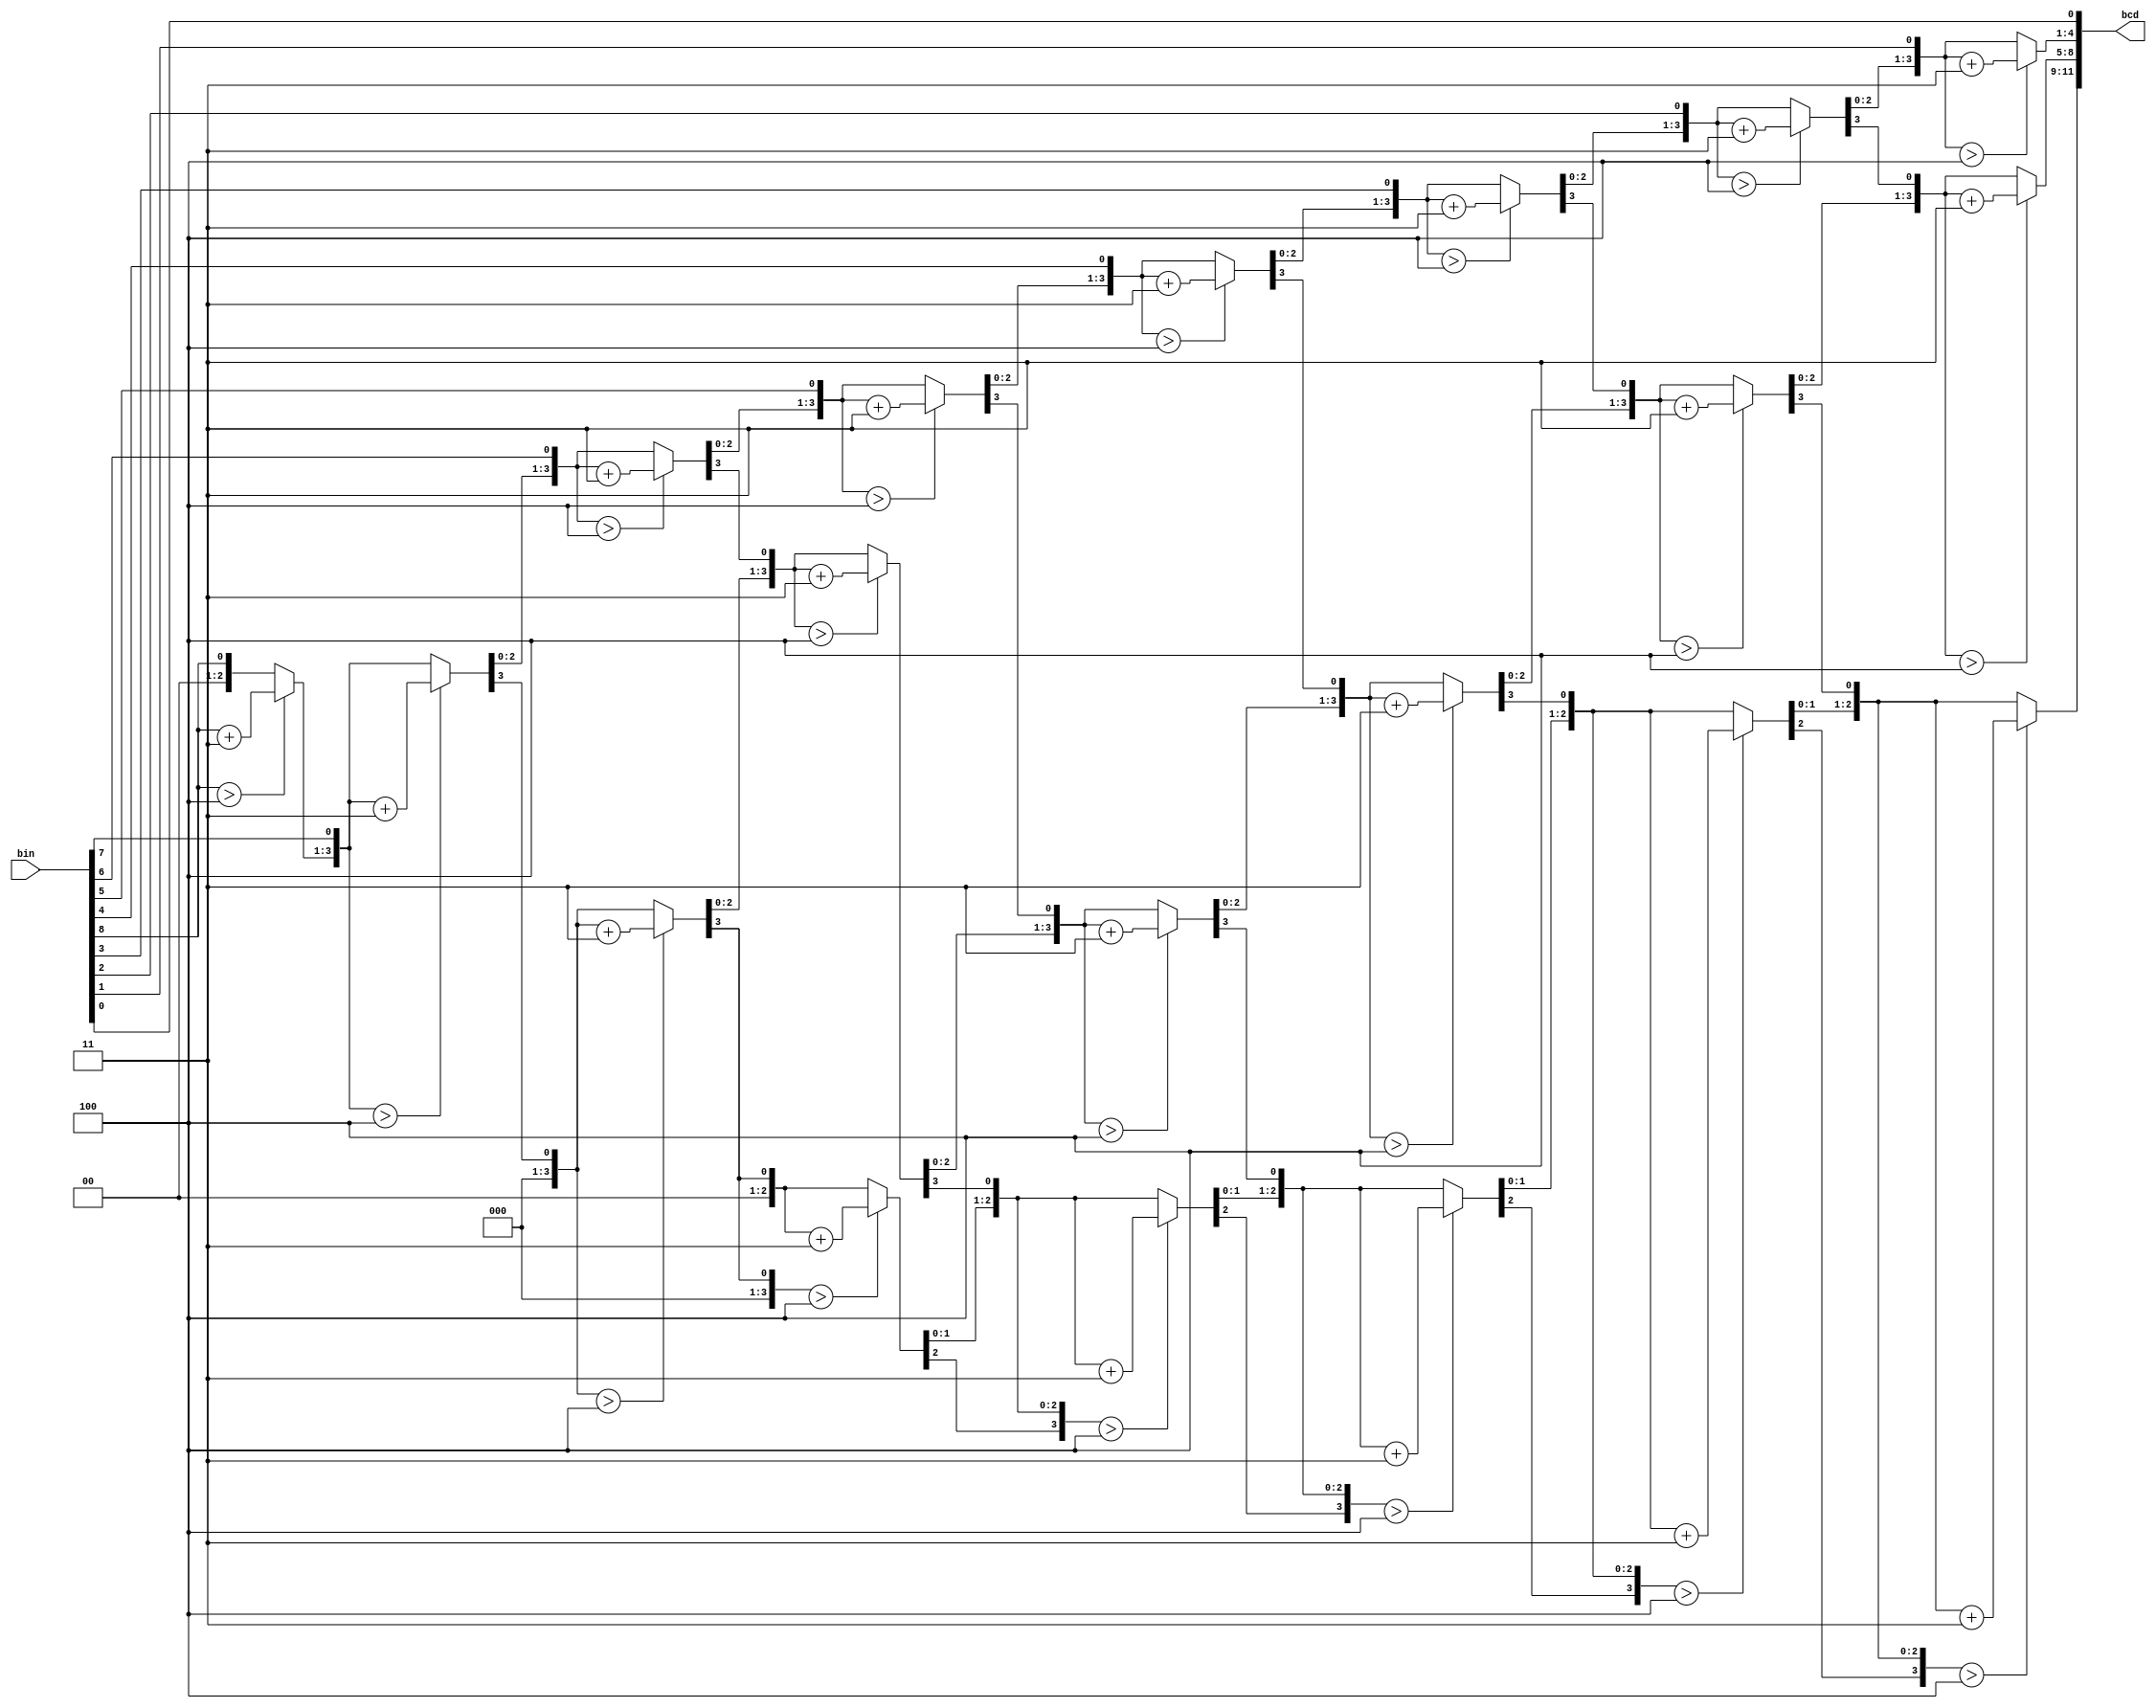
`timescale 1ns / 1ps
module BCD (bin,bcd);
input [8:0] bin;
output [11:0] bcd;
reg [11 : 0] bcd;
reg [3:0] i;
     
always @(bin)
   begin
      bcd = 0; 
      for (i = 0; i < 9; i = i+1) 
        begin
          bcd = {bcd[10:0],bin[8-i]}; 
              if(i < 8 && bcd[3:0] > 4) 
                 bcd[3:0] = bcd[3:0] + 2'b11;
              if(i < 8 && bcd[7:4] > 4)
                 bcd[7:4] = bcd[7:4] + 2'b11;
              if(i < 8 && bcd[11:8] > 4)
                 bcd[11:8] = bcd[11:8] + 2'b11; 
        end
    end           
endmodule